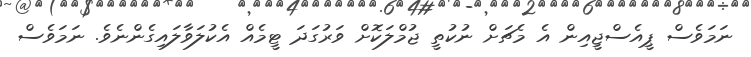
ނަމަވެސް ޕީއެސްޖީއިން އެ މެޗަށް ނުކުތީ ޖުމްލަކޮށް ވަރުގަދަ ޓީމެއް އެކުލަވާލައިގެންނެވެ. ނަމަވެސް